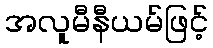
အလူမီနီယမ်ဖြင့်